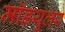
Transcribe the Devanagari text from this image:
मॉडयूलर